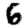
Digit: 6